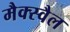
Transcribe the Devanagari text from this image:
मैक्स्वैल